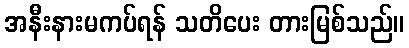
အနီးနားမကပ်ရန် သတိပေး တားမြစ်သည်။